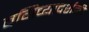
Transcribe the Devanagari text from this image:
बगिच्यादर्शनी